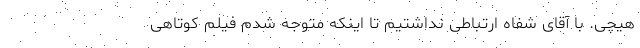
هیچی. با آقای شفاه ارتباطی نداشتیم تا اینکه متوجه شدم فیلم کوتاهی